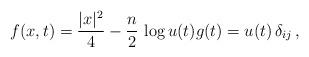
LaTeX: \begin{align*}f(x,t) = \frac{|x|^2}{4}- \frac{n}{2} \, \log u(t) {} g(t) = u(t) \, \delta_{ij} \, , \end{align*}